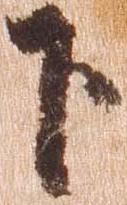
下